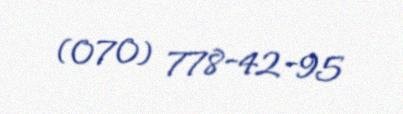
(070) 778-42-95